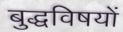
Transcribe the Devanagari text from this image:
बुद्धविषयों